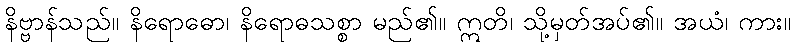
နိဗ္ဗာန်သည်။ နိရောဓော၊ နိရောဓသစ္စာ မည်၏။ ဣတိ၊ သို့မှတ်အပ်၏။ အယံ၊ ကား။